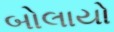
બોલાયો